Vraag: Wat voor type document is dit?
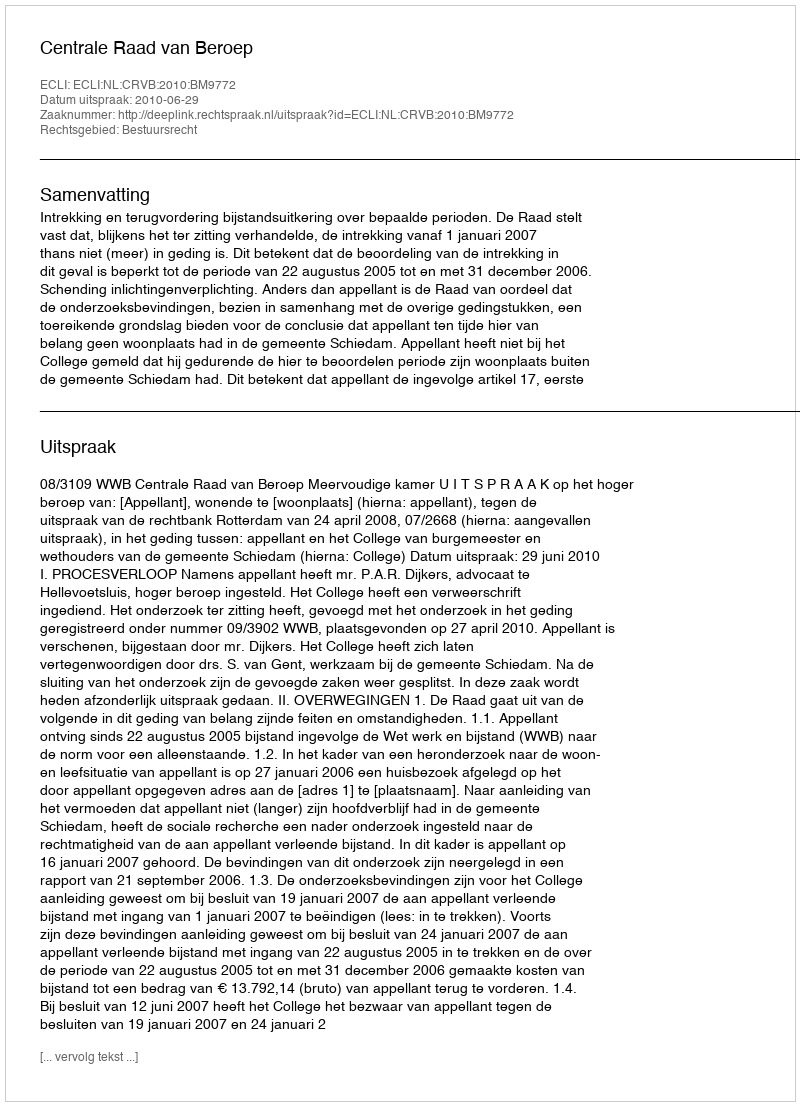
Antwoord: Uitspraak